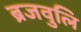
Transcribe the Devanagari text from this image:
ब्रजवुलि